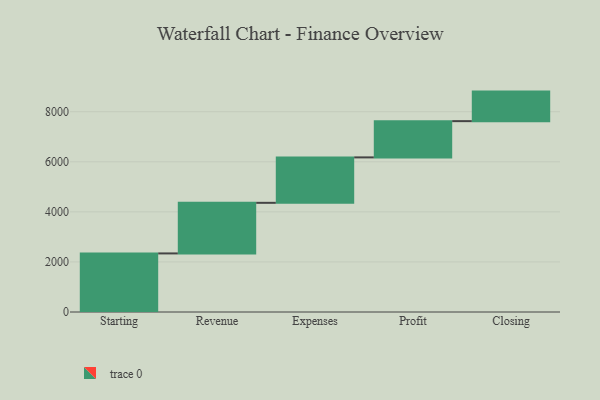
{"axis": {"x": "Step", "y": "Value"}, "legend": [""], "data": [{"x": "Starting", "y": 2340.0, "type": ""}, {"x": "Revenue", "y": 2021.0, "type": ""}, {"x": "Expenses", "y": 1815.0, "type": ""}, {"x": "Profit", "y": 1448.0, "type": ""}, {"x": "Closing", "y": 1180.0, "type": ""}]}